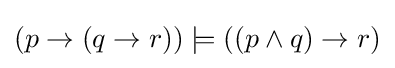
(p\to (q\to r))\models ((p\land q)\to r)